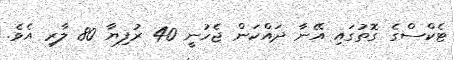
ޓެކްސްގެ ގޮތުގައި އޭނާ ދައްކަން ޖެހުނީ 40 ރުފިޔާ 80 ލާރި އެވެ.